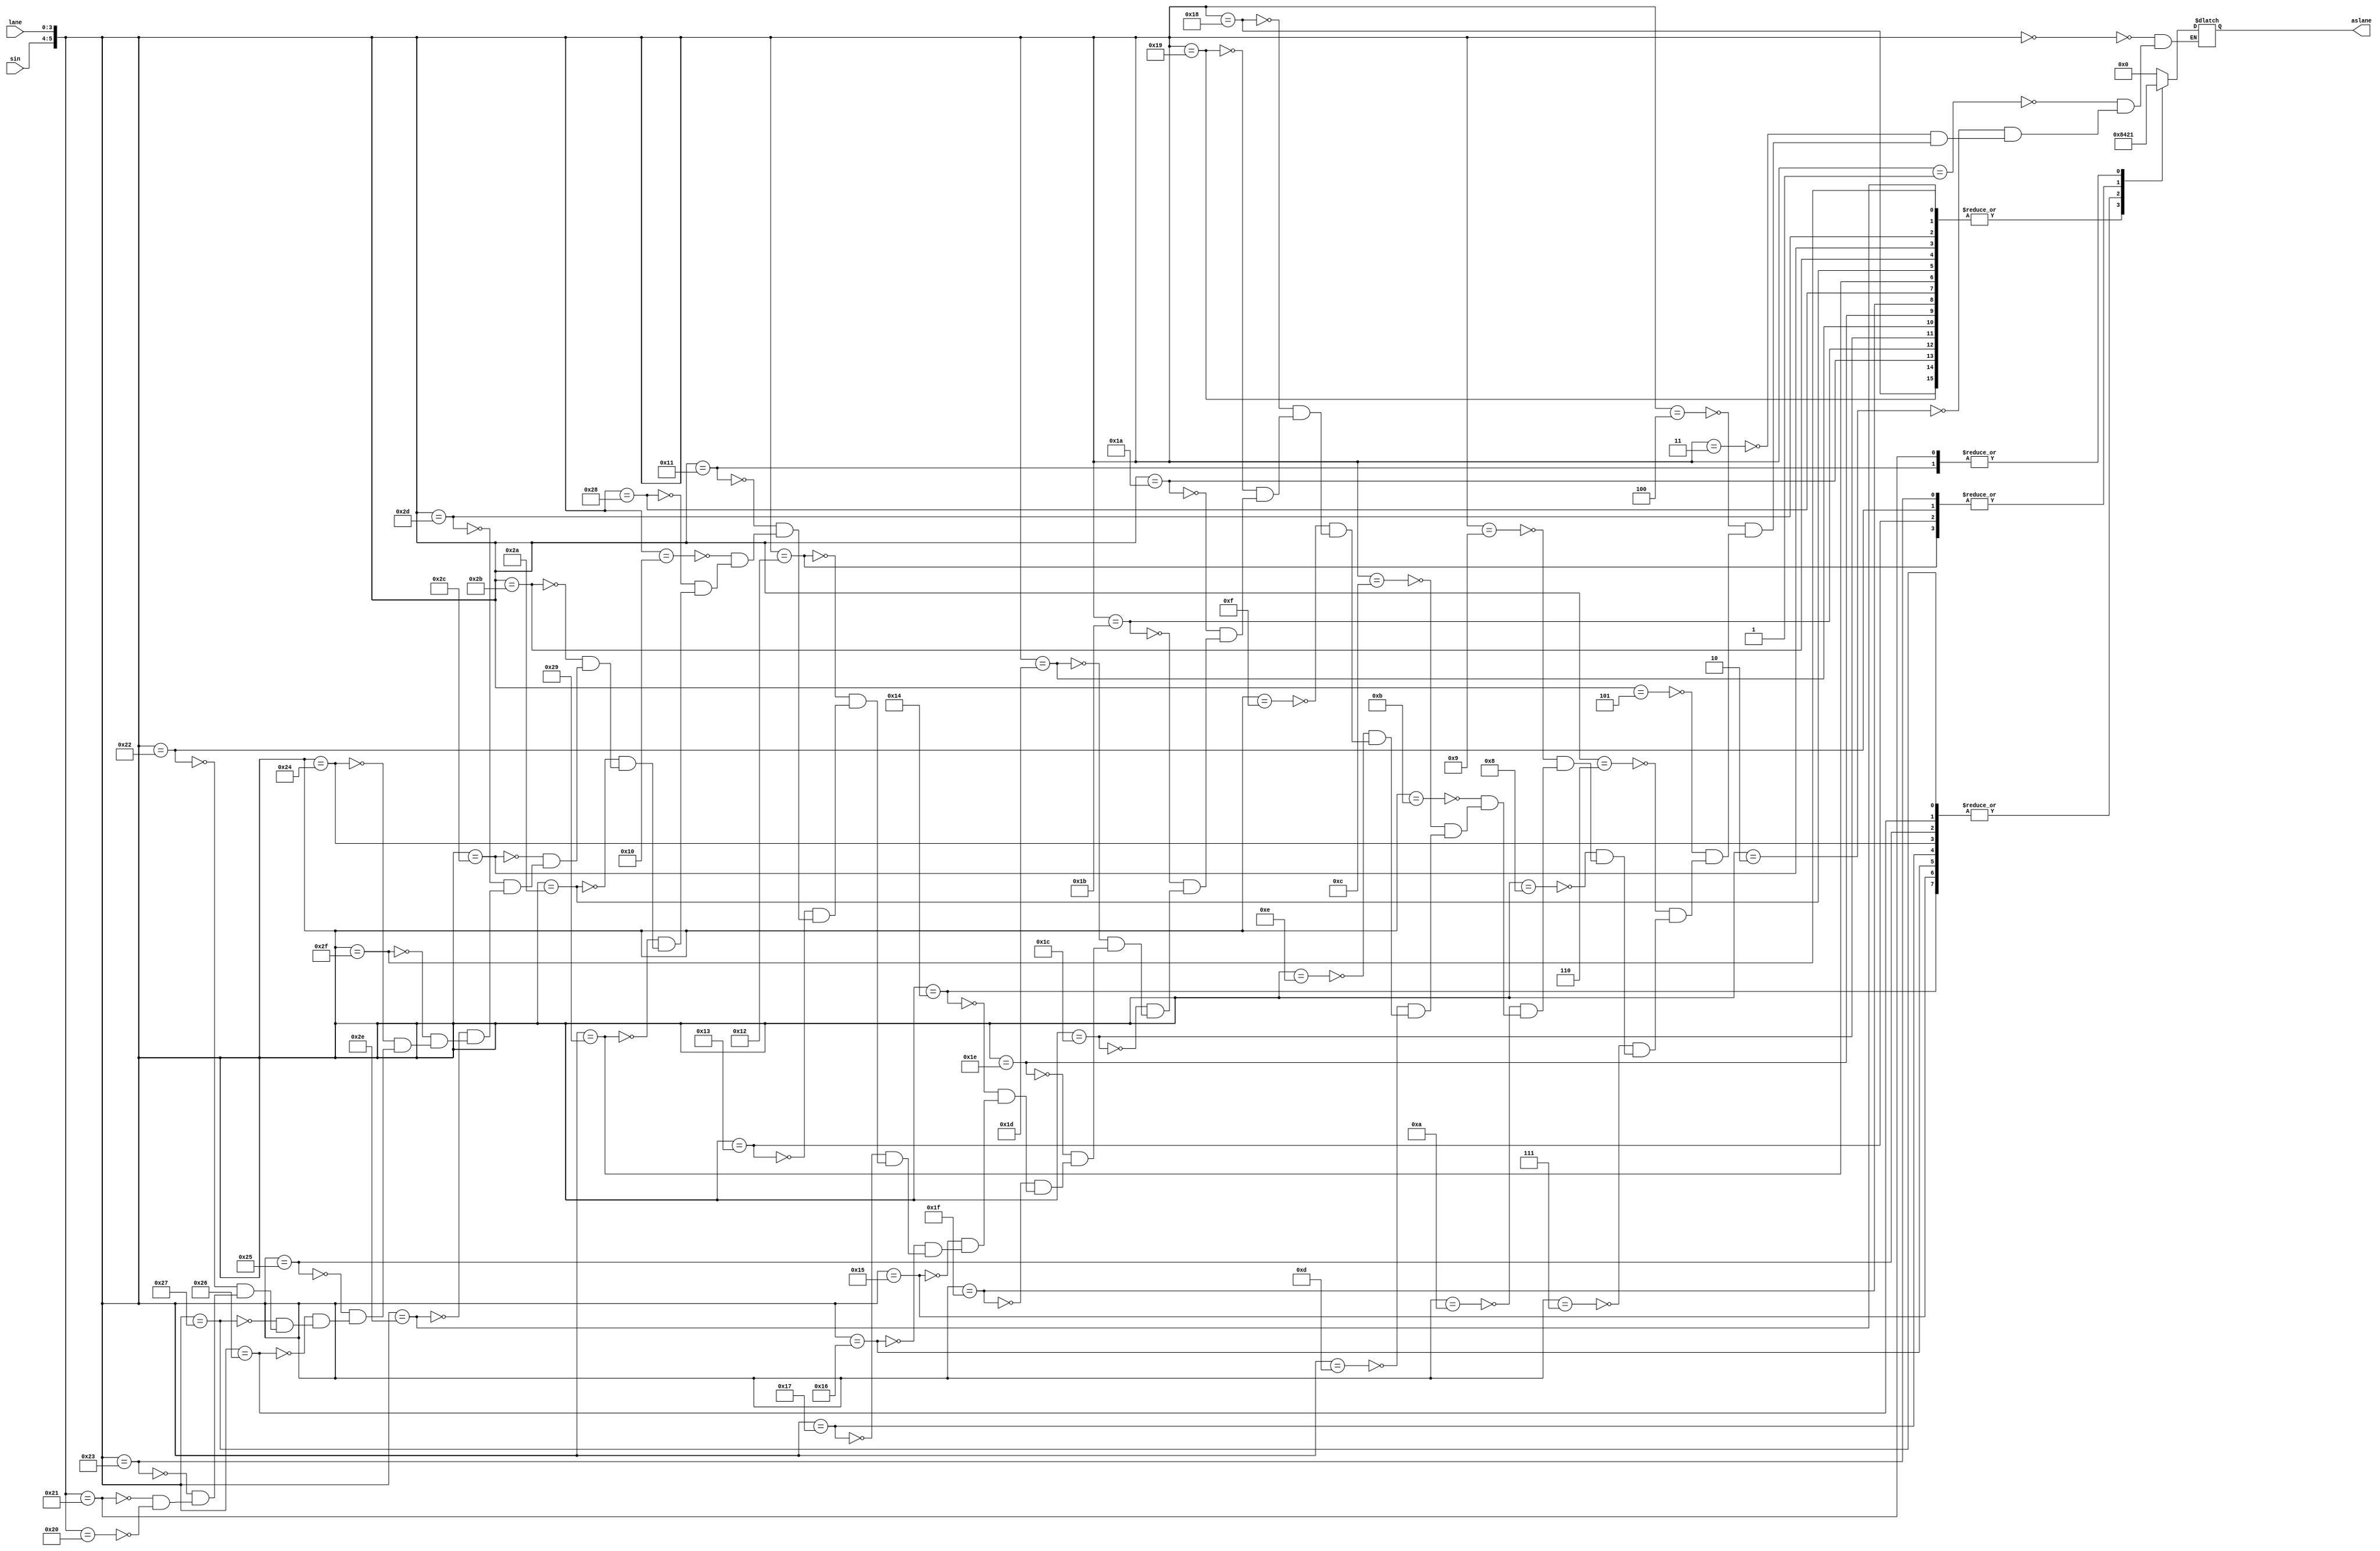
module ModeAB(sin,lane,aslane);
	input [1:0] sin;
	input [3:0] lane;
	output [3:0] aslane;
	reg [3:0] aslane;
	
	always @(*)
		begin
			case({sin,lane})
				6'b000000: {aslane[3],aslane[2],aslane[1],aslane[0]} = 4'b0000;
				6'b000001: {aslane[3],aslane[2],aslane[1],aslane[0]} = 4'b0000;
				6'b000010: {aslane[3],aslane[2],aslane[1],aslane[0]} = 4'b0000;
				6'b000011: {aslane[3],aslane[2],aslane[1],aslane[0]} = 4'b0000;
				6'b000100: {aslane[3],aslane[2],aslane[1],aslane[0]} = 4'b0000;
				6'b000101: {aslane[3],aslane[2],aslane[1],aslane[0]} = 4'b0000;
				6'b000110: {aslane[3],aslane[2],aslane[1],aslane[0]} = 4'b0000;
				6'b000111: {aslane[3],aslane[2],aslane[1],aslane[0]} = 4'b0000;
				6'b001000: {aslane[3],aslane[2],aslane[1],aslane[0]} = 4'b0000;
				6'b001001: {aslane[3],aslane[2],aslane[1],aslane[0]} = 4'b0000;
				6'b001010: {aslane[3],aslane[2],aslane[1],aslane[0]} = 4'b0000;
				6'b001011: {aslane[3],aslane[2],aslane[1],aslane[0]} = 4'b0000;
				6'b001100: {aslane[3],aslane[2],aslane[1],aslane[0]} = 4'b0000;
				6'b001101: {aslane[3],aslane[2],aslane[1],aslane[0]} = 4'b0000;
				6'b001110: {aslane[3],aslane[2],aslane[1],aslane[0]} = 4'b0000;
				6'b001111: {aslane[3],aslane[2],aslane[1],aslane[0]} = 4'b0000;
				6'b011000: {aslane[3],aslane[2],aslane[1],aslane[0]} = 4'b1000;
				6'b011001: {aslane[3],aslane[2],aslane[1],aslane[0]} = 4'b1000;
				6'b011010: {aslane[3],aslane[2],aslane[1],aslane[0]} = 4'b1000;
				6'b011011: {aslane[3],aslane[2],aslane[1],aslane[0]} = 4'b1000;
				6'b011100: {aslane[3],aslane[2],aslane[1],aslane[0]} = 4'b1000;
				6'b011101: {aslane[3],aslane[2],aslane[1],aslane[0]} = 4'b1000;
				6'b011110: {aslane[3],aslane[2],aslane[1],aslane[0]} = 4'b1000;
				6'b011111: {aslane[3],aslane[2],aslane[1],aslane[0]} = 4'b1000;
				6'b010100: {aslane[3],aslane[2],aslane[1],aslane[0]} = 4'b0100;
				6'b010101: {aslane[3],aslane[2],aslane[1],aslane[0]} = 4'b0100;
				6'b010110: {aslane[3],aslane[2],aslane[1],aslane[0]} = 4'b0100;
				6'b010111: {aslane[3],aslane[2],aslane[1],aslane[0]} = 4'b0100;
				6'b010010: {aslane[3],aslane[2],aslane[1],aslane[0]} = 4'b0010;
				6'b010011: {aslane[3],aslane[2],aslane[1],aslane[0]} = 4'b0010;
				6'b010001: {aslane[3],aslane[2],aslane[1],aslane[0]} = 4'b0001;
				6'b010000: {aslane[3],aslane[2],aslane[1],aslane[0]} = 4'b0000;
				6'b101000: {aslane[3],aslane[2],aslane[1],aslane[0]} = 4'b1000;
				6'b101001: {aslane[3],aslane[2],aslane[1],aslane[0]} = 4'b1000;
				6'b101010: {aslane[3],aslane[2],aslane[1],aslane[0]} = 4'b1000;
				6'b101011: {aslane[3],aslane[2],aslane[1],aslane[0]} = 4'b1000;
				6'b101100: {aslane[3],aslane[2],aslane[1],aslane[0]} = 4'b1000;
				6'b101101: {aslane[3],aslane[2],aslane[1],aslane[0]} = 4'b1000;
				6'b101110: {aslane[3],aslane[2],aslane[1],aslane[0]} = 4'b1000;
				6'b101111: {aslane[3],aslane[2],aslane[1],aslane[0]} = 4'b1000;
				6'b100100: {aslane[3],aslane[2],aslane[1],aslane[0]} = 4'b0100;
				6'b100101: {aslane[3],aslane[2],aslane[1],aslane[0]} = 4'b0100;
				6'b100110: {aslane[3],aslane[2],aslane[1],aslane[0]} = 4'b0100;
				6'b100111: {aslane[3],aslane[2],aslane[1],aslane[0]} = 4'b0100;
				6'b100010: {aslane[3],aslane[2],aslane[1],aslane[0]} = 4'b0010;
				6'b100011: {aslane[3],aslane[2],aslane[1],aslane[0]} = 4'b0010;
				6'b100001: {aslane[3],aslane[2],aslane[1],aslane[0]} = 4'b0001;
				6'b100000: {aslane[3],aslane[2],aslane[1],aslane[0]} = 4'b0000;
			endcase
		end
endmodule